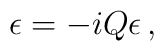
\epsilon = -i Q \epsilon \, ,